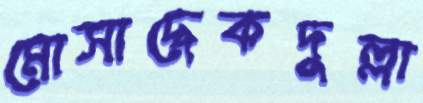
মোসাদ্দেকদুল্লা